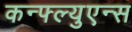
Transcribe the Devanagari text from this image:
कन्फ्ल्युएन्स